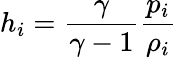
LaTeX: h_{i}=\frac{\gamma}{\gamma-1}\frac{p_{i}}{\rho_{i}}